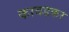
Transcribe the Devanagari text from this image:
कावडकर